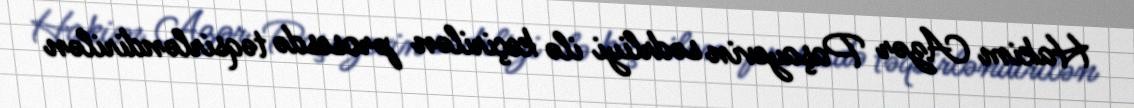
Hakim Azər Paşayevin sədrliyi ilə keçirilən prosesdə təqsirləndirilən